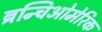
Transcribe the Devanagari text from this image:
ब्रन्चिओमेरिक